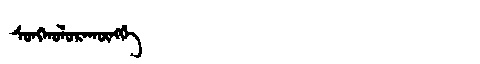
Manchu: ᠰᠣᠩᡴᠣᠯᠣᡵᠠᡴᡡᠩᡤᡝ
Romanization: SONGKOLORAKŪNGGE